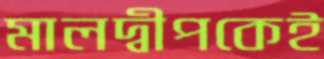
মালদ্বীপকেই